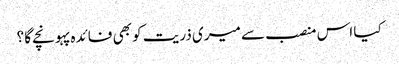
کیا اس منصب سے میری ذریت کو بھی فائدہ پہونچے گا ؟